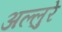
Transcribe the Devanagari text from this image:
अल्लुरे